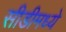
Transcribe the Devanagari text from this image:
सीडीमध्ये